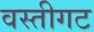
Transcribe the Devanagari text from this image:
वस्तीगट